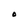
Character: O